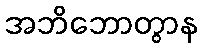
အဘိဘောတွာန